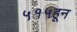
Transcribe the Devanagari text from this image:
५१५हून